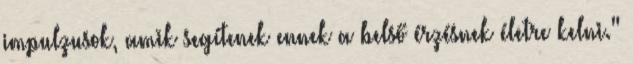
impulzusok, amik segítenek ennek a belső érzésnek életre kelni."